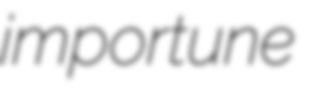
importune